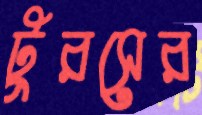
টুরসের